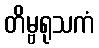
တိမ္ဗရုသကံ